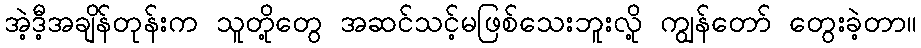
အဲ့ဒီ့အချိန်တုန်းက သူတို့တွေ အဆင်သင့်မဖြစ်သေးဘူးလို့ ကျွန်တော် တွေးခဲ့တာ။